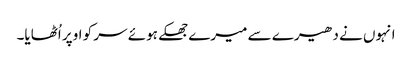
انہوں نے دھیرے سے میرے جھکے ہوئے سر کو اوپر اُٹھایا۔